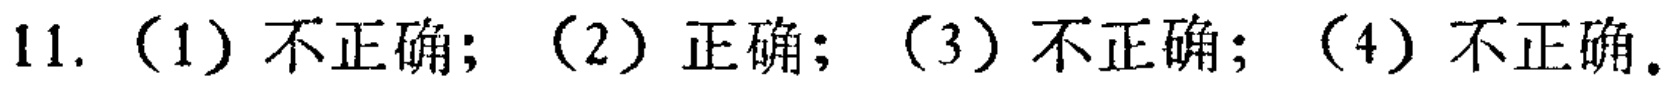
11. （1）不正确; （2）正确; （3）不正确; （4）不正确.